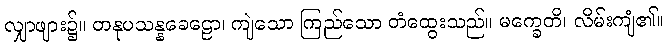
လျှာဖျား၌။ တနုပသန္နခေဠော၊ ကျဲသော ကြည်သော တံထွေးသည်။ မက္ခေတိ၊ လိမ်းကျံ၏။